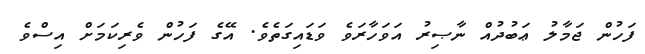
ފަހުން ޖަމާލު ޢަބުދުއް ނާޞިރު އަވަހާރަވެ ވަޑައިގަތެވެ. އޭގެ ފަހުން ވެރިކަމަށް އިސްވެ